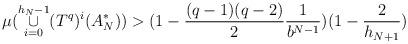
LaTeX: \begin{align*}\mu (\overset{h_{N}-1}{\underset{i=0}{\cup}}(T^{q})^{i}(A^{*}_{N}))& >(1-\frac{(q-1)(q-2)}{2}\frac{1}{b^{N-1}})(1-\frac{2}{h_{N+1}})\end{align*}